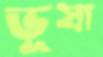
ভূষা